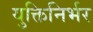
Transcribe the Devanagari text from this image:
युक्तिनिर्भर